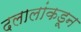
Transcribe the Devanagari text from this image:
दलालांकडून